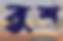
বুশ